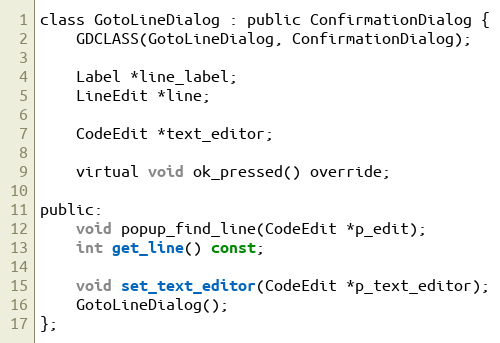
Language: C
class GotoLineDialog : public ConfirmationDialog {
	GDCLASS(GotoLineDialog, ConfirmationDialog);

	Label *line_label;
	LineEdit *line;

	CodeEdit *text_editor;

	virtual void ok_pressed() override;

public:
	void popup_find_line(CodeEdit *p_edit);
	int get_line() const;

	void set_text_editor(CodeEdit *p_text_editor);
	GotoLineDialog();
};